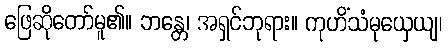
ဖြေဆိုတော်မူ၏။ ဘန္တေ၊ အရှင်ဘုရား။ ကုဟိံသံမုယှေယျ၊